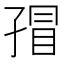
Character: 𰌬